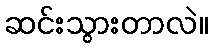
ဆင်းသွားတာလဲ။